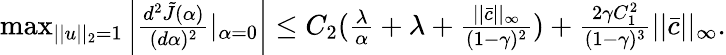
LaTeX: \begin{array}{r}{\operatorname*{max}_{||u||_{2}=1}\left|\frac{d^{2}\tilde{J}(\alpha)}{(d\alpha)^{2}}|_{\alpha=0}\right|\le C_{2}(\frac{\lambda}{\alpha}+\lambda+\frac{||\bar{c}||_{\infty}}{(1-\gamma)^{2}})+\frac{2\gamma C_{1}^{2}}{(1-\gamma)^{3}}||\bar{c}||_{\infty}.}\end{array}